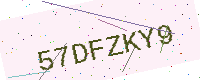
Text: 57DFZKY9